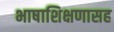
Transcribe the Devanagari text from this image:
भाषाशिक्षणासह